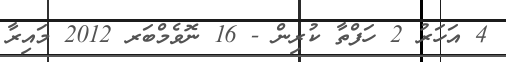
4 އަހަރު 2 ހަފްތާ ކުރިން - 16 ނޮވެމްބަރ 2012 މައިރާ